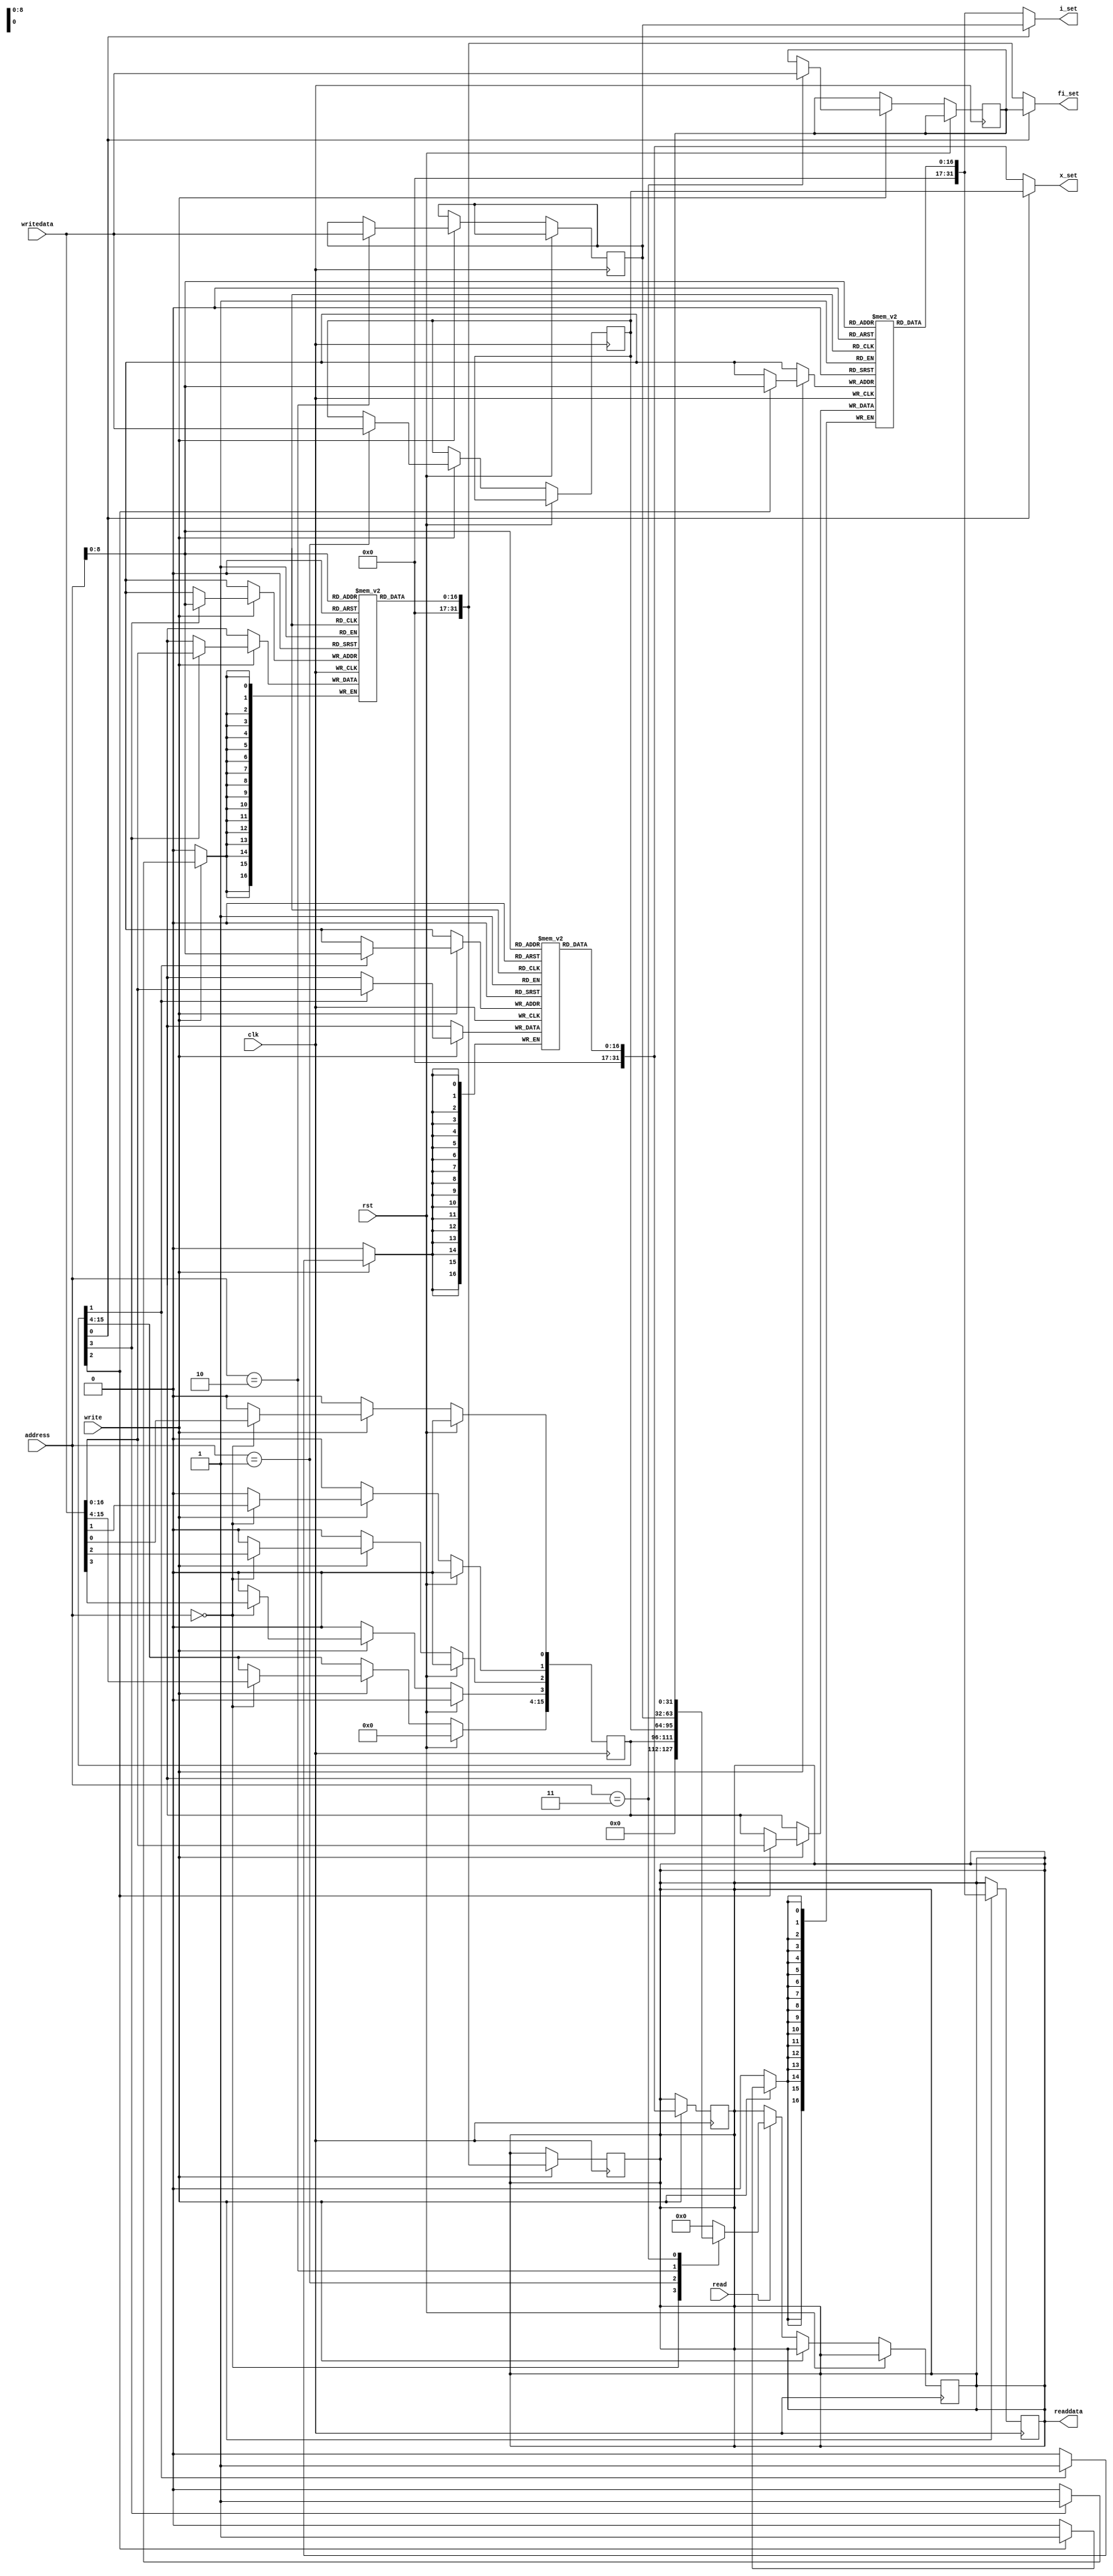
module SETTINGS
#(
    parameter WIDTH_SET = 16, 
    parameter N = 16,         //     
    parameter M = 256         //
)
(
    output reg [2*WIDTH_SET-1:0]    x_set,
                                    i_set,
                                    fi_set,
                                    
    input                           clk,
                                    rst,
                                         
    input wire [15:0]               address,        //    1-64
    input wire [31:0]               writedata,
    output reg [31:0]               readdata,
    input wire                      write,
    input wire                      read

  // ------------   -------------------------------------------------------
    //output reg [7:0] data_out,        readdata
    // input write_enable,                  write 
    // input [7:0] address,
    // input [7:0] data_in                writedata
    //--------------------------------------------------------------------  
); 
    reg                             write_addr_err,
                                    point_comm,
                                    start_table,
                                    tr,
                                    tx,
                                    tp;

    reg [WIDTH_SET-1:0]             set_reg;

    reg [2*WIDTH_SET-1:0]           x_point,
                                    i_point,
                                    fi_point;

                                   /* x_table,
                                    i_table, 
                                    fi_table;*/
always @(posedge clk)
    begin
      if (rst)
        begin
          write_addr_err <= 1'b0;
          set_reg <= 0;     
        end
      else
        begin
          set_reg[0] <= 1'b0; // 1-point / 0-table         

          set_reg[1] <= 1'b0; // tr
          set_reg[2] <= 1'b0; // tx
          set_reg[3] <= 1'b0; // tp
          
          if (write)
            begin
              case (address)
                16'h0:  set_reg     <= writedata;
                16'h1:  x_point     <= writedata;
                16'h2:  i_point     <= writedata;
                16'h3:  fi_point    <= writedata; 
              default:
                write_addr_err  <= 1'b1;
              endcase
            end
          else if (read)
            begin
              case (address)
                16'h0: readdata <= set_reg;
                16'h1: readdata <= x_point;
                16'h2: readdata <= i_point;
                16'h3: readdata <= fi_point;
             default:
                readdata <= 32'b0;
              endcase
            end
        end
    end   

always @(*)
    begin
      point_comm       = set_reg[0];

      tr               = set_reg[1];
      tx               = set_reg[2];
      tp               = set_reg[3];
    end


//-----------------------------------    ----------------------------
//    
//     
//     memory = x_table
reg [N:0] x_table[0:M];            
always @(posedge clk) 
  begin
    if (write) 
      begin
        if (tr)
              begin
                x_table[address] <= writedata;
              end
              readdata <= x_table[address];
      end  
  end 



reg [N:0] i_table[0:M];              // tx
always @(posedge clk) 
  begin
    if (write) 
      begin
        if (tx)
          begin
            i_table[address] <= writedata;
          end
          readdata <= i_table[address];
      end    
  end


reg [N:0] fi_table[0:M];              // tp
always @(posedge clk) 
  begin
    if (write) 
      begin
        if (tp)
          begin
            fi_table[address] <= writedata;
          end
          readdata <= fi_table[address];
      end
  end
//----------------------------------------------------------------------------------

always @(*)
begin
    if (point_comm)
        begin
            x_set   = x_point;
            i_set   = i_point;
            fi_set  = fi_point;
        end
    else 
        begin
            x_set   = x_table[address];
            i_set   = i_table[address];
            fi_set  = fi_table[address];

        end    
end


endmodule